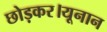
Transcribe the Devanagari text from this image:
छोड़कर।यूनान